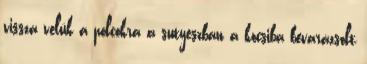
vissza velük a polcokra a sutyeszban a kocsiba bevarázsolt